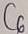
Text: C6